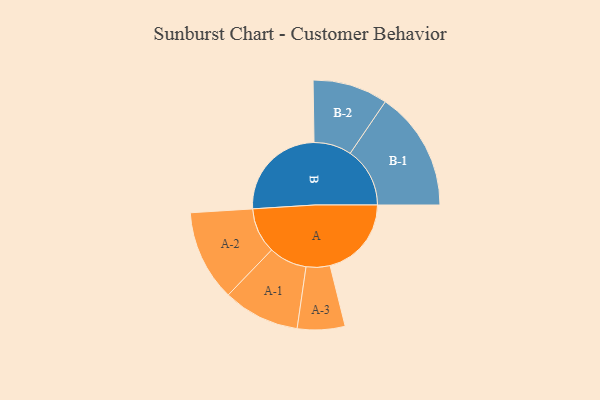
{"axis": {"x": "Segment", "y": "Value"}, "legend": ["", "A", "B"], "data": [{"x": "A", "y": 383, "type": ""}, {"x": "B", "y": 467, "type": ""}, {"x": "A-1", "y": 180, "type": "A"}, {"x": "A-2", "y": 214, "type": "A"}, {"x": "A-3", "y": 112, "type": "A"}, {"x": "B-1", "y": 281, "type": "B"}, {"x": "B-2", "y": 177, "type": "B"}]}